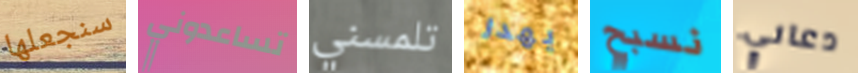
سنجعلها تساعدوني تلمسني يهدر نسبح دعاني